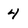
Character: 4